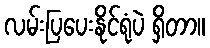
လမ်းပြပေးနိုင်ရုံပဲ ရှိတာ။